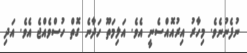
ނުފެނުނެވެ. މިހާރު އިރުއޮއްސެނީ އެވެ. އަލިމަތޫ ހަދާނެ ގޮތް ހުސްވެއްޖެ އެވެ. އަދި